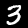
Label: 3